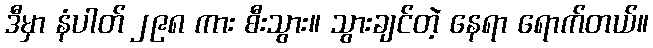
ဒီမှာ နံပါတ် ၂၉၈ ကား စီးသွား။ သွားချင်တဲ့ နေရာ ရောက်တယ်။